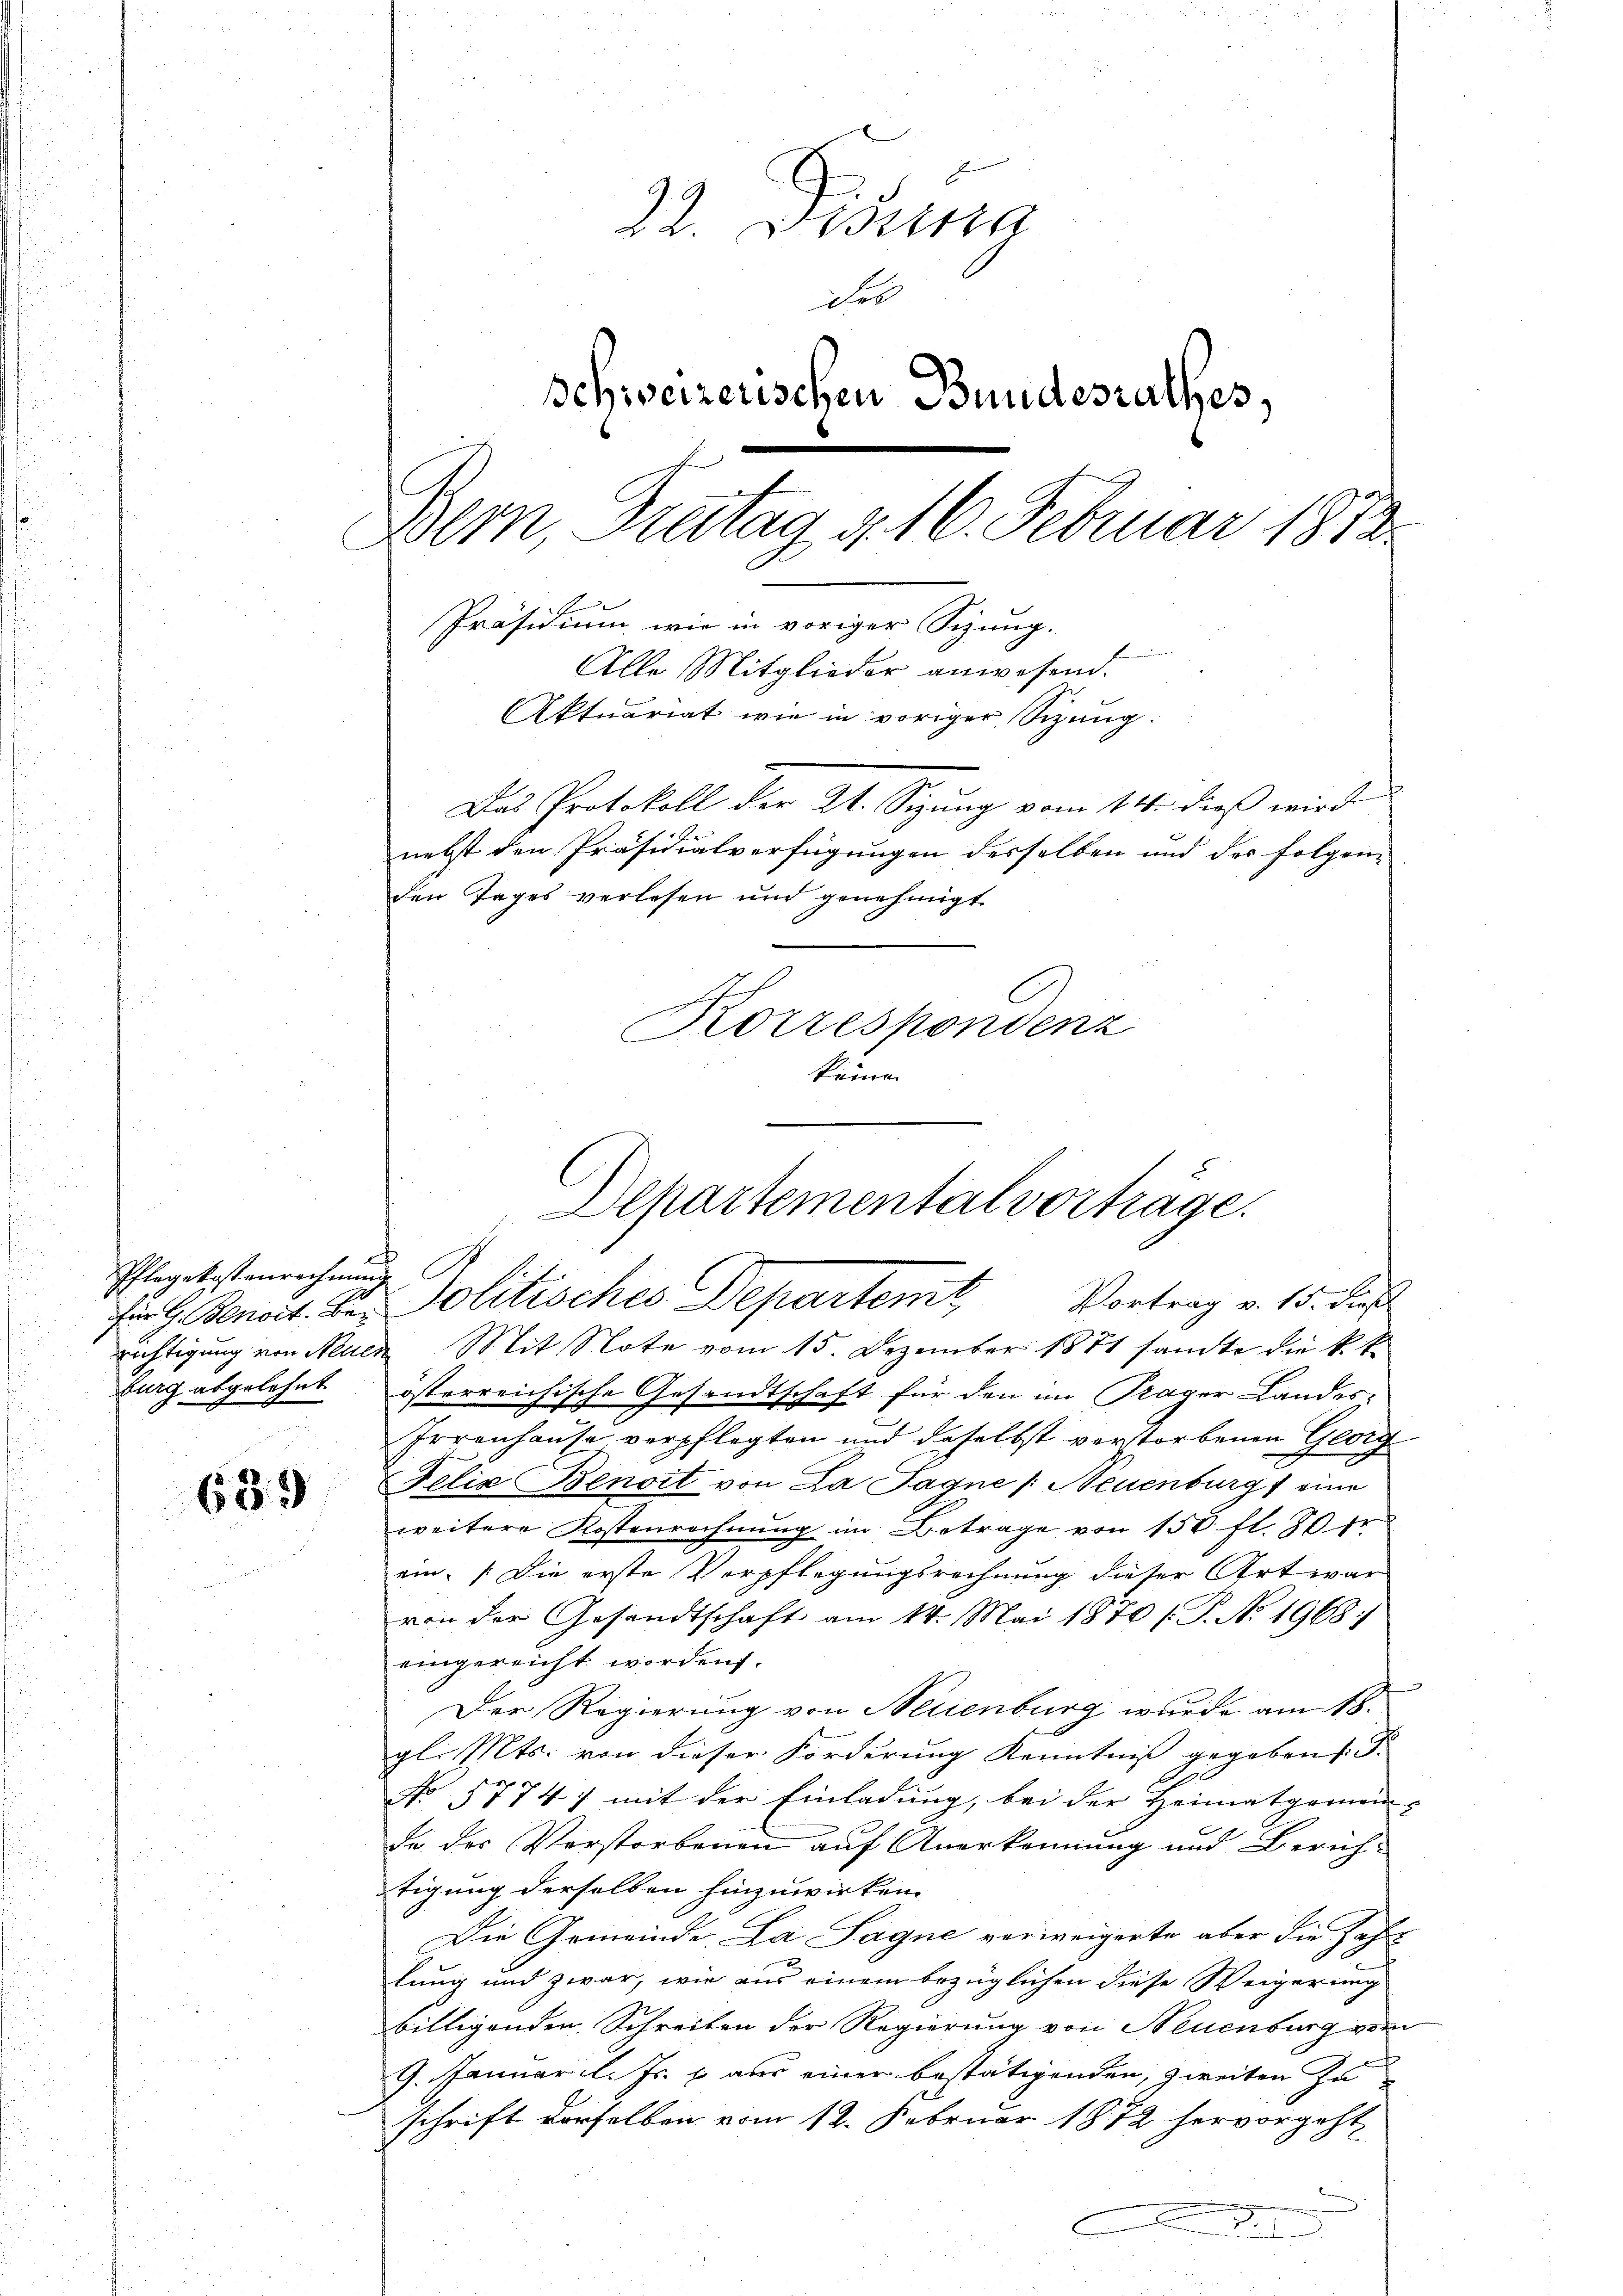
Pflegekostenrechnung
burg abgelehnt

689

22. Disena
ihre
schweizerischen Bundesrathes,
Bem, Freitag d. 16. Februar 1872
Präsidium wie in voriger Sitzung.
Alle Mitglieder anwesend.
Aktuariat wie in voriger Sizung.
Das Protokoll der 21. Sizung vom 14. dieß wird
nebst den Präsidialverfügungen desselben und der folgen-
den Tages verlesen und genehmigt
i
Korrespondenz
keine

Departemental vorträge.
für H. Benoit. Be. Politisches Departemit Vortrag v. 15. dies

richtigung von Neuen Mit Note vom 15. Dezember 1881 sante die k. k
österreichische Gesandtschaft für den im Präger Landes-
Irrenhause verpflegten und daselbst verstorbenen Georg
Felix Benoit von La Jagne /: Neuenburg eine
weitere Kostenrechnung im Betrage von 150 fl. 80 fr
ein. Die erste Verpflegungsrechnung dieser Art war
von der Gesandtschaft am 14. Mai 1870 /.P. No. 1968:
eingereicht worden.
.
Der Regierung von Neuenburg wurde am 18.
gl. Mts. von dieser Forderung Kenntniß gegeben s. S.
e
G
No 5714. / mit der Einladung, bei der Heimatgemen
de der Verstorbenen auf Anerkennung und Zürich-
tigung derselben hinzuwirken.
Die Gemeinde. La Sagne verweigerte aber die Zahl
lung und zwar, wie aus einem bezüglichen diese Weigerung
billigenden Schreiben der Regierung von Neuenburg vom
9. Januar l. Js. u aus einer bestätigenden, zweiten zu
schrift derselben vom 12. Februar 1872 hervorgeht,